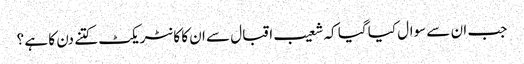
جب ان سے سوال کیا گیا کہ شعیب اقبال سے ان کا کا نٹر یکٹ کتنے دن کا ہے ؟